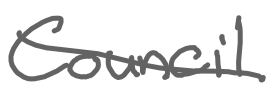
Text: Council
Cross-out: diagonal
Writing tool: digital_gray